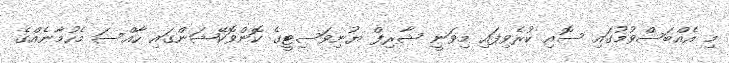
މި އެއްބަސްވުމުގައި ސޮއި ކުރެވިފައި މިވަނީ ޝާރިފް ޔުނިވަސިޓީގެ ކޮންވޮކޭޝަންގައި ހާއްސަ މެހުމާނެއްގެ